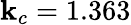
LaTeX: \mathbf{k}_{c}=1.363